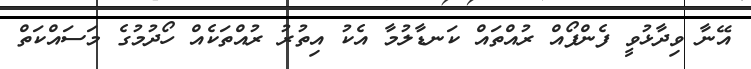
އޭނާ ވިދާޅުވީ ފެންފޯއް ރުއްތައް ކަނޑާލުމާ އެކު އިތުރު ރުއްތަކެއް ހޯދުމުގެ މަސައްކަތް